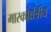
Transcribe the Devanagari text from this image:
मास्कोक्षेत्रीय